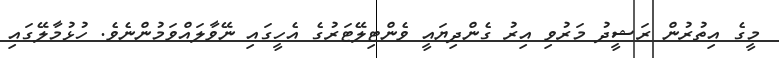
މީގެ އިތުރުން ރަޝީދު މަރުވި އިރު ގެންދިޔައީ ވެންޓިލޭޓަރުގެ އެހީގައި ނޭވާލައްވަމުންނެވެ. ހުޅުމާލޭގައި